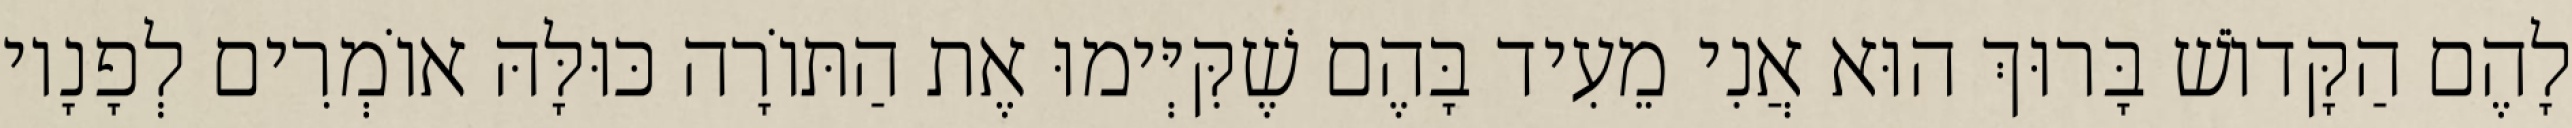
לָהֶם הַקָּדוֹשׁ בָּרוּךְ הוּא אֲנִי מֵעִיד בָּהֶם שֶׁקִּיְּימוּ אֶת הַתּוֹרָה כּוּלָּהּ אוֹמְרִים לְפָנָיו